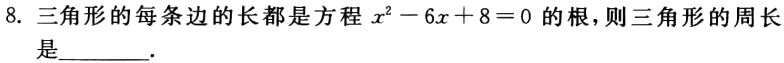
8. 三角形的每条边的长都是方程\(x^{2}-6x + 8 = 0\)的根，则三角形的周长是________.